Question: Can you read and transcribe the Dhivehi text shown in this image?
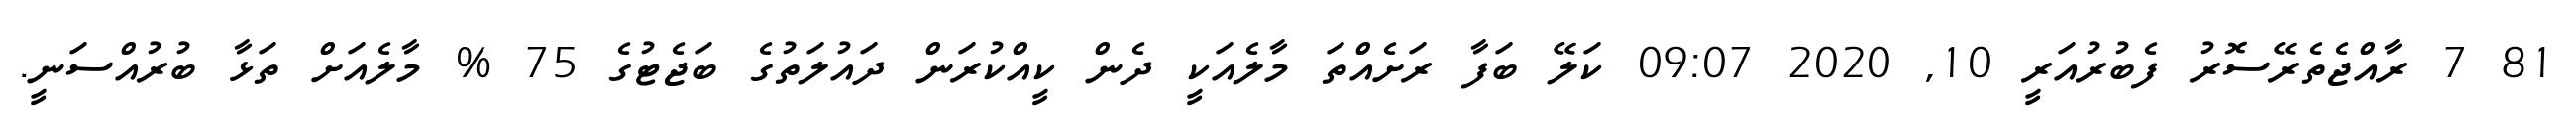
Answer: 81 7 ރާއްޖެތެރޭސޮރު ފެބުރުއަރީ 10, 2020 09:07 ކަލޭ ބަފާ ރަށެއްތަ މާލެއަކީ ދެން ކީއްކުރަން ދައުލަތުގެ ބަޖެޓުގެ 75 % މާލެއަށް ތަޅާ ބުރުއްސަނީ.